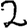
Digit: 2